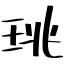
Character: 珧